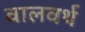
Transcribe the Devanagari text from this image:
वालवर्थ